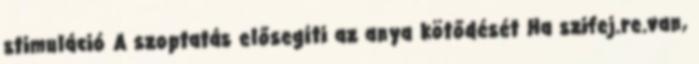
stimuláció A szoptatás elősegíti az anya kötődését Ha szifej.re.van,